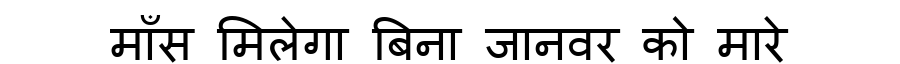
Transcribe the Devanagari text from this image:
माँस मिलेगा बिना जानवर को मारे